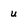
Character: u